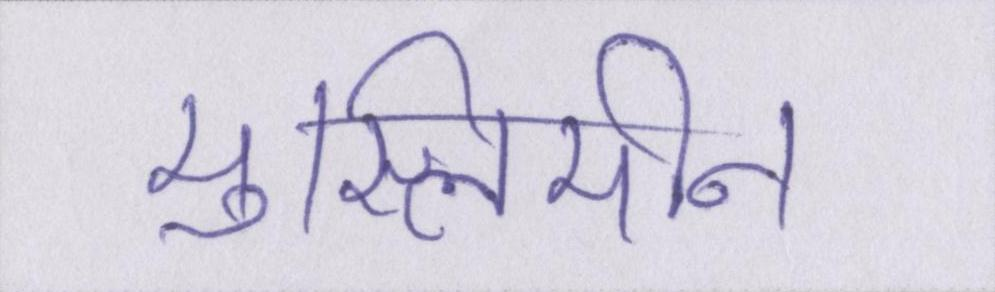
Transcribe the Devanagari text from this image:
मुस्लिमीन